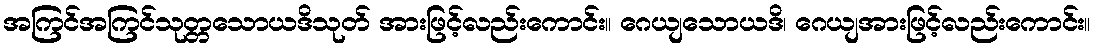
အကြင်အကြင်သုတ္တသောယဒိသုတ် အားဖြင့်လည်းကောင်း။ ဂေယျသောယဒိ၊ ဂေယျအားဖြင့်လည်းကောင်း။